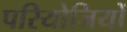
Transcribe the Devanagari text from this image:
परियोजियों